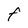
Character: f